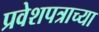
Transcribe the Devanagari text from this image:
प्रवेशपत्राच्या